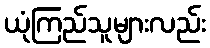
ယုံကြည်သူများလည်း